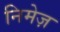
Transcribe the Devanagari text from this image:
निमेज़